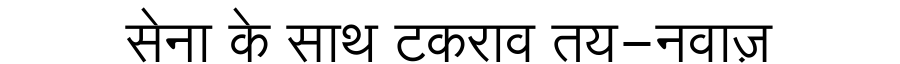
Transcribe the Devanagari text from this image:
सेना के साथ टकराव तय-नवाज़